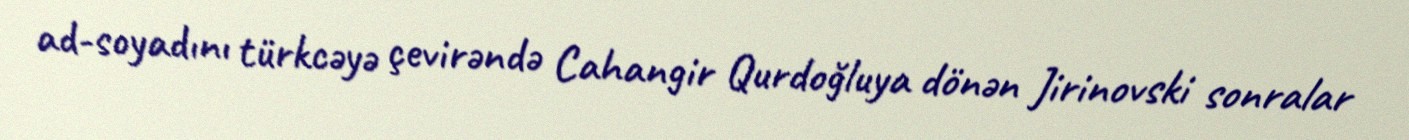
ad-soyadını türkcəyə çevirəndə Cahangir Qurdoğluya dönən Jirinovski sonralar